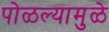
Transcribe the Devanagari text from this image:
पोळल्यामुळे